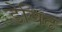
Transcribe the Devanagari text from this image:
डेविढ